Annual statistical returns and brief notes on vaccination in Bengal - 1909-1929
Year: 1909
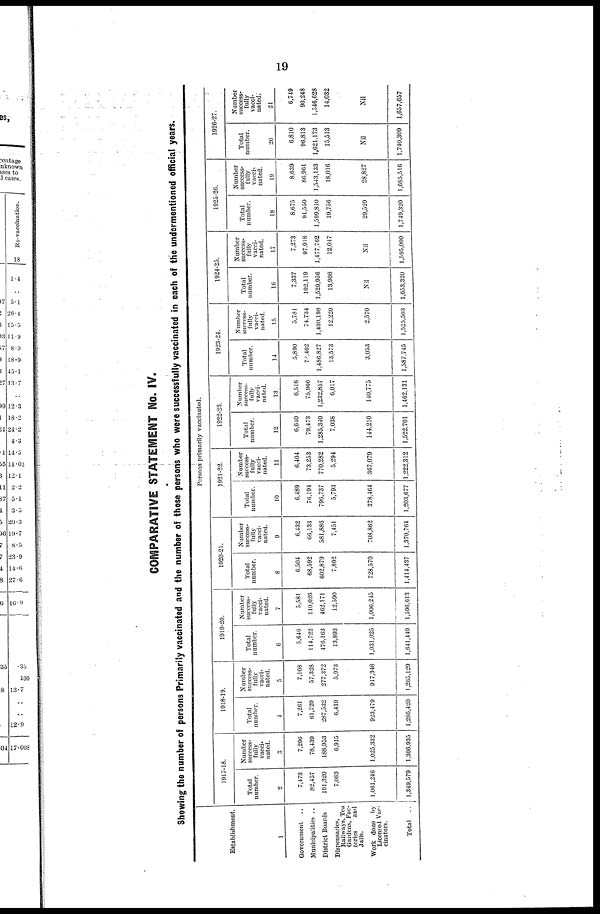
19
COMPARATIVE STATEMENT No. IV.
Showing the number of persons Primarily vaccinated and the number of those persons who were successfully vaccinated in each of the undermentioned official years.
Establishment.
1
Government ..
Municipalities ..
District Boards ..
Dispensaries,
Railways, Tea
Gardens, Fac-
tories
and
Jails.
Work done by
Licensed Vac-
cinators.
Total ..
Persons primarily vaccinated.
1917-18.
Total
number.
2
7,473
82,457
191,320
7,083
1,061,246
1,349,579
Number
success-
fully
vacci-
nated.
3
7,290
78,439
188,953
6,915
1,025,332
1,306,935
1918-19.
Total
number.
4
7,261
61,729
287,532
6,419
923,479
1,286,420
Number
success-
fully
vacci-
nated.
5
7,108
57,328
277,372
5,973
917,348
1,265,129
1919-20.
Total
number.
6
5,646
114,722
476,163
13,893
1,031,025
1,641,449
Number
success-
fully
vacci-
nated.
7
5,581
110,026
462,171
12,590
1,006,245
1,596,613
1920-21.
Total
number.
8
6,504
68,592
602,879
7,892
728,570
1,414,437
Number
success-
fully
vacci-
nated.
9
6,432
66,133
581,886
7,451
708,862
1,370,764
1921-22.
Total
number.
10
6,489
76,194
796,737
5,793
378,464
1,203,677
Number
success-
fully
vacci-
nated.
11
6,404
73,253
770,282
5,294
367,079
1,222,312
1922-23.
Total
number.
12
6,640
79,473
1,285,340
7,038
144,210
1,522,701
Number
success-
fully
vacci-
nated.
13
6,516
75,966
1,232,857
6,017
140,775
1,462,131
1923-24.
Total
number.
14
5,890
73,402
1,486,827
13,573
3,053
1,587,745
Number
success-
fully
vacci-
nated.
15
5,781
74,734
1,430,198
12,220
2,570
1,525,503
1924-25.
Total
number.
16
7,337
102,119
1,529,956
13,908
Nil
1,653,320
Number
success-
fully
vacci-
nated.
17
7,273
97,918
1,477,702
12,047
Nil
1,595,000
1925-20.
Total
number.
18
8,675
91,550
1,599,810
19,756
29,529
1,749,320
Number
success-
fully
vacci-
nated.
19
8,639
86,961
1,543,133
18,016
28,827
1,685,516
1926-27.
Total
number.
20
6,810
96,813
1,621,173
15,513
Nil
1,740,309
Number
success-
fully
vacci-
nated.
21
6,749
90,248
1,546,628
14,032
Nil
1,657,657